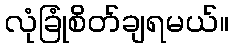
လုံခြုံစိတ်ချရမယ်။